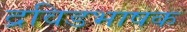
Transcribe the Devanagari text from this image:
द्रविडभाषक